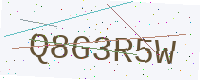
Text: Q8G3R5W